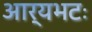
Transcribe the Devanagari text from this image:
आर्यभटः